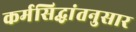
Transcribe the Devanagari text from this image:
कर्मसिद्धांतनुसार